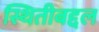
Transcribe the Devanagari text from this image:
स्थितीबद्दल